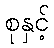
စုနှင့်